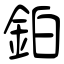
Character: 鉑